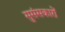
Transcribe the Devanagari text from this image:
सुसंसकारों